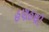
હણહણી